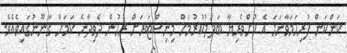
ކަންކަން ފުރިހަމަވާނަމަ އެ ކުށްވެރިޔާ ބަދަލުކުރުމަށް މިނިސްޓަރަށް ރުހުން ދެވިދާނެ ކަމަށް ގާނޫނުގައިވެއެވެ.